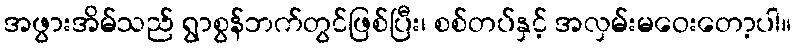
အဖွားအိမ်သည် ရွာစွန်ဘက်တွင်ဖြစ်ပြီး၊ စစ်တပ်နှင့် အလှမ်းမဝေးတော့ပါ။